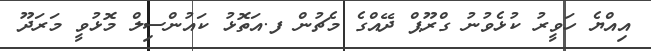
އިއްޔެ ހަވީރު ކުޅެވުނު ގްރޫޕް ދޭއްގެ މެޗުން ފ.އަތޮޅު ކައުންސިލް މޮޅުވީ މަރަދޫ